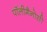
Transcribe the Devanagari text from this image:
पॉलीगैनोसी